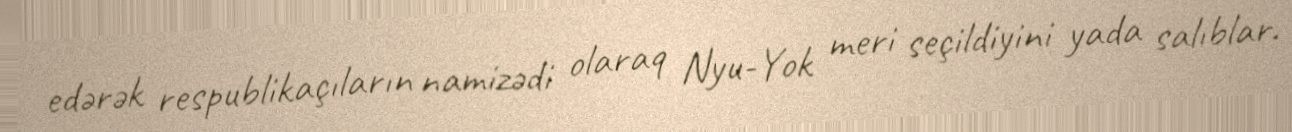
edərək respublikaçıların namizədi olaraq Nyu-Yok meri seçildiyini yada salıblar.